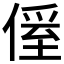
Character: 𠌠